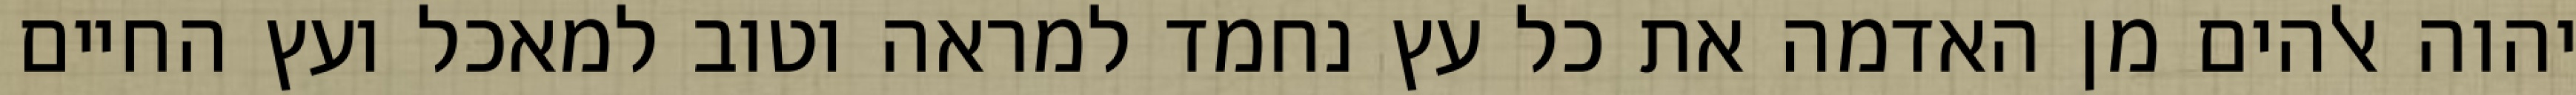
יהוה אלהים מן האדמה את כל עץ נחמד למראה וטוב למאכל ועץ החיים